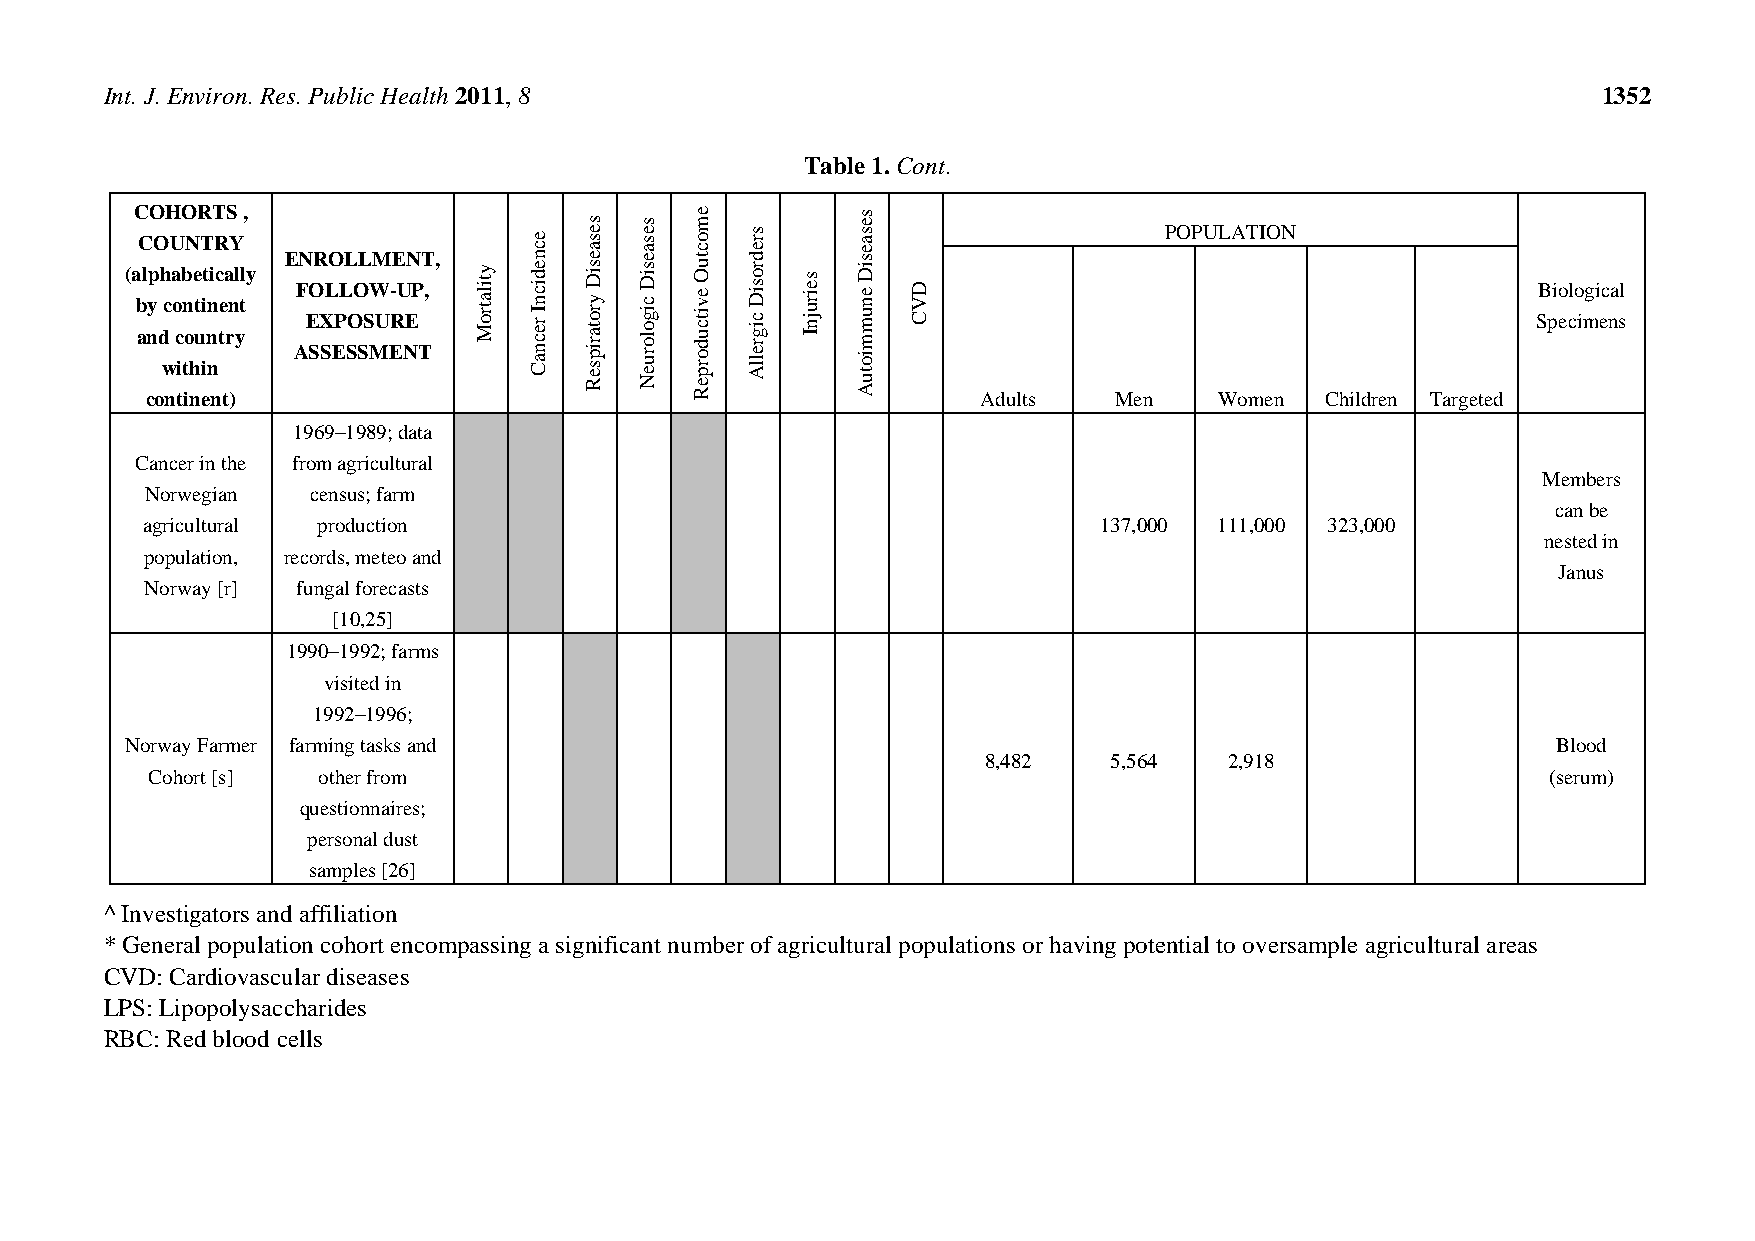
Int. J. Environ. Res. Public Health 2011, 8                                                        1352
 Table 1. Cont.
 (aC
 b
 aC
 l
 cnypO
 O
 o
 dh
 wcH
 nU
 a o c
 tiO
 b n t
 iN
 o nhe t
 uR
 T
 i eit nn ni
 nT
 R
 c te ta
 rS
 nY
 )yl
 tl,
 y
 E AFN
 EO
 SR
 X
 SLO EPLL
 SOO
 SL
 SW
 MM
 U E-
 RE
 U
 NEN
 P T
 T
 ,
 ,
 y tila tr o M
 e c n
 e d ic n I r e c n a C
 s e s a e
 s iD y r o ta r ip s e
 R
 s e s a e
 s iD c ig o lo r u e
 N
 e
 m o c tu
 O e v itc u d o r p
 e R
 s r e d
 r o s iD c ig r e llA s e ir u jn I
 s
 e s a e s
 iD e n u m m io tu
 A
 D V C
 Adults   Men
 POPU WLA oT mI eO nN
 Children Targeted
 SB pio eclo imgi ec na sl
 1969–1989; data
 Cancer in the from agricultural
 Members
 Norwegian census; farm
 can be
 agricultural production                                         137,000 111,000 323,000
 nested in
 population, records, meteo and
 Janus
 Norway [r] fungal forecasts
 [10,25]
 1990–1992; farms
 visited in
 1992–1996;
 Norway Farmer farming tasks and                                                                Blood
 8,482   5,564   2,918
 Cohort [s] other from                                                                       (serum)
 questionnaires;
 personal dust
 samples [26]
 ^ Investigators and affiliation
 * General population cohort encompassing a significant number of agricultural populations or having potential to oversample agricultural areas
 CVD: Cardiovascular diseases
 LPS: Lipopolysaccharides
 RBC: Red blood cells